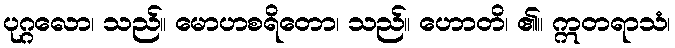
ပုဂ္ဂလော၊ သည်။ မောဟစရိတော၊ သည်။ ဟောတိ၊ ၏။ ဣတရာသံ၊